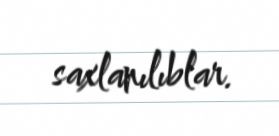
saxlanılıblar.